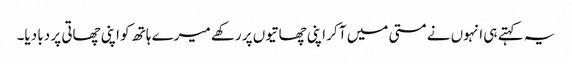
یہ کہتے ہی انہوں نے مستی میں آ کر اپنی چھاتیوں پر رکھے میرے ہاتھ کو اپنی چھاتی پر دبا دیا۔